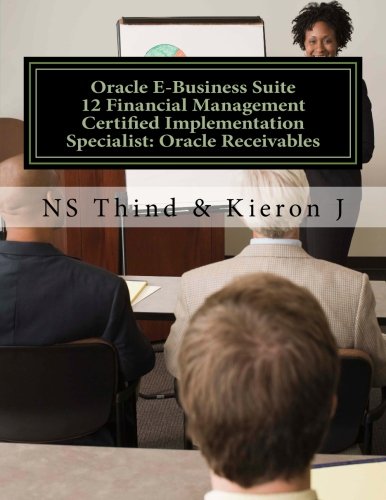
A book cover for Oracle E-Business Suite 12 Financial Management Certified Implementation Specialist: Oracle Receivables; NS Thind; Computers & Technology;